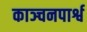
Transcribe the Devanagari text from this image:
काञ्चनपार्श्व